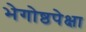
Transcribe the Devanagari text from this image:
भेगोष्ठपेक्षा